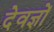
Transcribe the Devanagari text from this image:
देवज्ञों